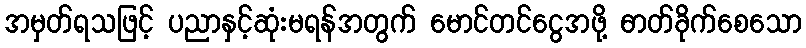
အမှတ်ရသဖြင့် ပညာနှင့်ဆုံးမရန်အတွက် မောင်တင်ငွေအဖို့ ဓာတ်ခိုက်စေသော